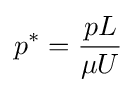
p^{*}={\frac {pL}{\mu U}}